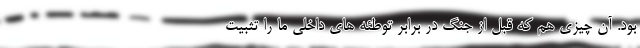
بود. آن چیزی هم که قبل از جنگ در برابر توطئه های داخلی ما را تثبیت